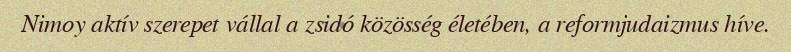
Nimoy aktív szerepet vállal a zsidó közösség életében, a reformjudaizmus híve.